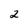
Character: 2